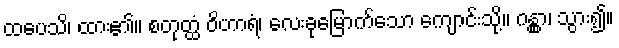
ထပေသိ၊ ထား၏။ စတုတ္ထံ ဝိဟာရံ၊ လေးခုမြောက်သော ကျောင်းသို့။ ဂန္တွာ၊ သွား၍။